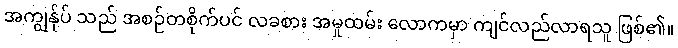
အကျွန်ုပ် သည် အစဉ်တစိုက်ပင် လခစား အမှုထမ်း လောကမှာ ကျင်လည်လာရသူ ဖြစ်၏။